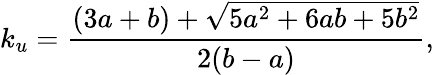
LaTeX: k_{u}=\frac{(3a+b)+\sqrt{5a^{2}+6ab+5b^{2}}}{2(b-a)},